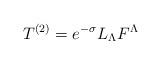
LaTeX: \begin{align*}T^{(2)} = e^{-\sigma} L_\Lambda F^\Lambda\end{align*}